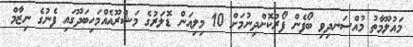
މައުލޫމާތު މުއްސަނދިވި ބޯފެން ފޯރުކޮށްދިނުމަށް 10 މިލިއަން ޑޮލަރުގެ މަޝްރޫއެއްމަހިބަދޫގައި ފެނުގެ ނިޒާމް